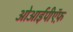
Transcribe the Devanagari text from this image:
ओआईपीऍफ़